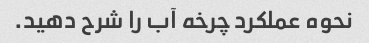
نحوه عملکرد چرخه آب را شرح دهید.